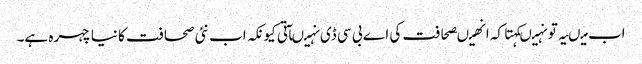
اب میںیہ تو نہیںکہتا کہ انھیںصحافت کی اے بی سی ڈی نہیںآتی کیونکہ اب نئی صحافت کا نیا چہرہ ہے۔